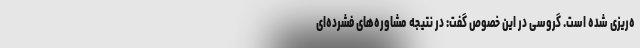
ه‌ریزی شده است. گروسی در این خصوص گفت: در نتیجه مشاوره‌های فشرده‌ای